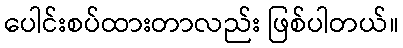
ပေါင်းစပ်ထားတာလည်း ဖြစ်ပါတယ်။